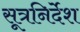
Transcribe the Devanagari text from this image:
सूत्रनिर्देश